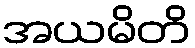
အယမိတိ